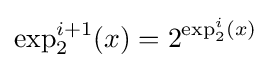
\exp _{2}^{i+1}(x)=2^{\exp _{2}^{i}(x)}